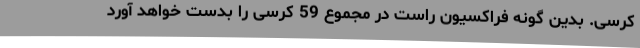
کرسی. بدین گونه فراکسیون راست در مجموع 59 کرسی را بدست خواهد آورد